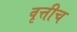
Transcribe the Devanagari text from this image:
वृत्तीच